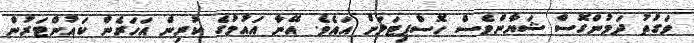
ވަގުތު ދަމުންގޮސް ޝަޔާންވެސް ހޮސްޕިޓަލަށް އައެވެ. އޭނާ އައުމުގެ ކުރިން އަހަރެން ކައުންޓަރުން